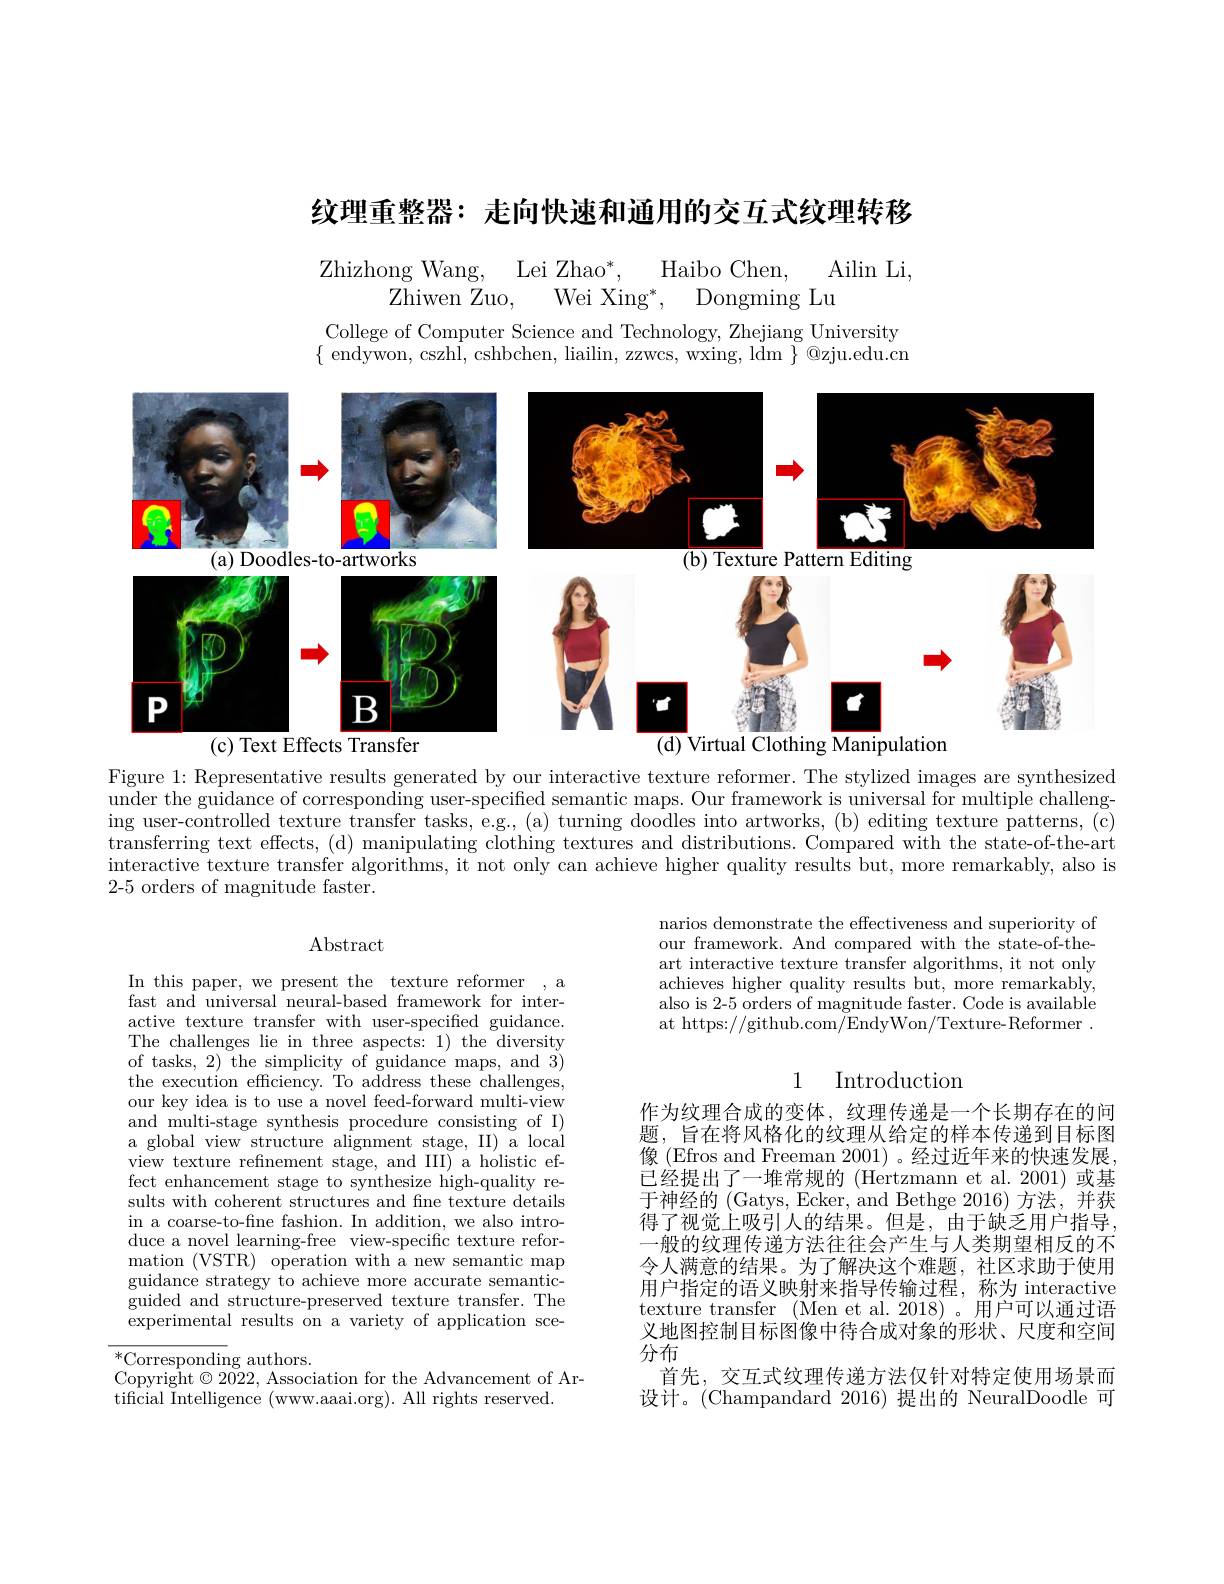
纹理重整器：走向快速和通用的交互式纹理转移

Ailin Li,
Zhizhong Wang,
$\mathrm{Lei~Zhao}^{*}.$
Haibo Chen,
Zhiwen Zuo,
Wei Xing$^* $, Dongming Lu

College of Computer Science and Technology, Zhejiang University $\{$ endywon, cszhl, cshbchen, liailin, zzwcs, wxing, ldm $\}@$zju.edu.cn

<FigureHere>

Figure 1: Representative results generated by our interactive texture reformer. The stylized images are synthesized under the guidance of corresponding user-specified semantic maps. Our framework is universal for multiple challenging user-controlled texture transfer tasks, e.g., (a) turning doodles into artworks, (b) editing texture patterns, (c) transferring text effects, (d) manipulating clothing textures and distributions. Compared with the state-of-the-art interactive texture transfer algorithms, it not only can achieve higher quality results but, more remarkably, also is 2-5 orders of magnitude faster.

### $\operatorname{Abstract}$

narios demonstrate the effectiveness and superiority of our framework. And compared with the state-of-theart interactive texture transfer algorithms, it not only achieves higher quality results but, more remarkably, also is 2-5 orders of magnitude faster. Code is available at https://github.com/EndyWon/Texture-Reformer.

## 1 Introduction

In this paper, we present the texture reformer , a fast and universal neural-based framework for interactive texture transfer with user-specified guidance. The challenges lie in three aspects: 1) the diversity of tasks, 2) the simplicity of guidance maps, and 3) the execution effciency. To address these challenges, our key idea is to use a novel feed-forward multi-view and multi-stage synthesis procedure consisting of I) a global view structure alignment stage, II) a local view texture refinement stage, and III) a holistic effect enhancement stage to synthesize high-quality results with coherent structures and fine texture details in a coarse-to-fine fashion. In addition, we also introduce a novel learning-free view-specific texture reformation (VSTR) operation with a new semantic map guidance strategy to achieve more accurate semantic- $\bar{\text{guided and structure-preserved texture transfer.The}}$ experimental results on a variety of application sce-

作为纹理合成的变体，纹理传递是一个长期存在的问题，旨在将风格化的纹理从给定的样本传递到目标图像 (Efros and Freeman 2001) 。经过近年来的快速发展已经提出了一堆常规的(Hertzmann et al.2001)或基于神经的(Gatys, Ecker, and Bethge 2016)方法，并获得了视觉上吸引人的结果。但是，由于缺乏用户指导一般的纹理传递方法往往会产生与人类期望相反的不令人满意的结果。为了解决这个难题，社区求助于使用用户指定的语义映射来指导传输过程，称为 interactive texture transfer (Men et al. 2018)。用户可以通过语义地图控制目标图像中待合成对象的形状、尺度和空间分布
首先，交互式纹理传递方法仅针对特定使用场景而设计。(Champandard 2016) 提出的 NeuralDoodle 可

$^*$Corresponding authors.
Copyright $\odot2\bar{022}$, Association for the Advancement of Ar-
tificial Intelligence (www.aaai.org). All rights reserved.